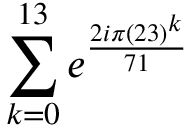
\sum _ { k = 0 } ^ { 1 3 } e ^ { \frac { 2 i \pi ( 2 3 ) ^ { k } } { 7 1 } }